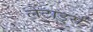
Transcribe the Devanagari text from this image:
लेटार्ड्स